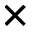
\times